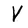
Character: V